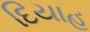
દિયાહ